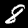
Label: 8